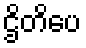
ဌိတိပေ